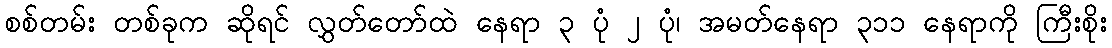
စစ်တမ်း တစ်ခုက ဆိုရင် လွှတ်တော်ထဲ နေရာ ၃ ပုံ ၂ ပုံ၊ အမတ်နေရာ ၃၁၁ နေရာကို ကြီးစိုး